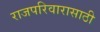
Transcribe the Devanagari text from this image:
राजपरिवारासाठी